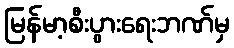
မြန်မာ့စီးပွားရေးဘဏ်မှ